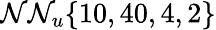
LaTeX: \mathcal{N}\mathcal{N}_{u}\{ 10,40,4,2\}